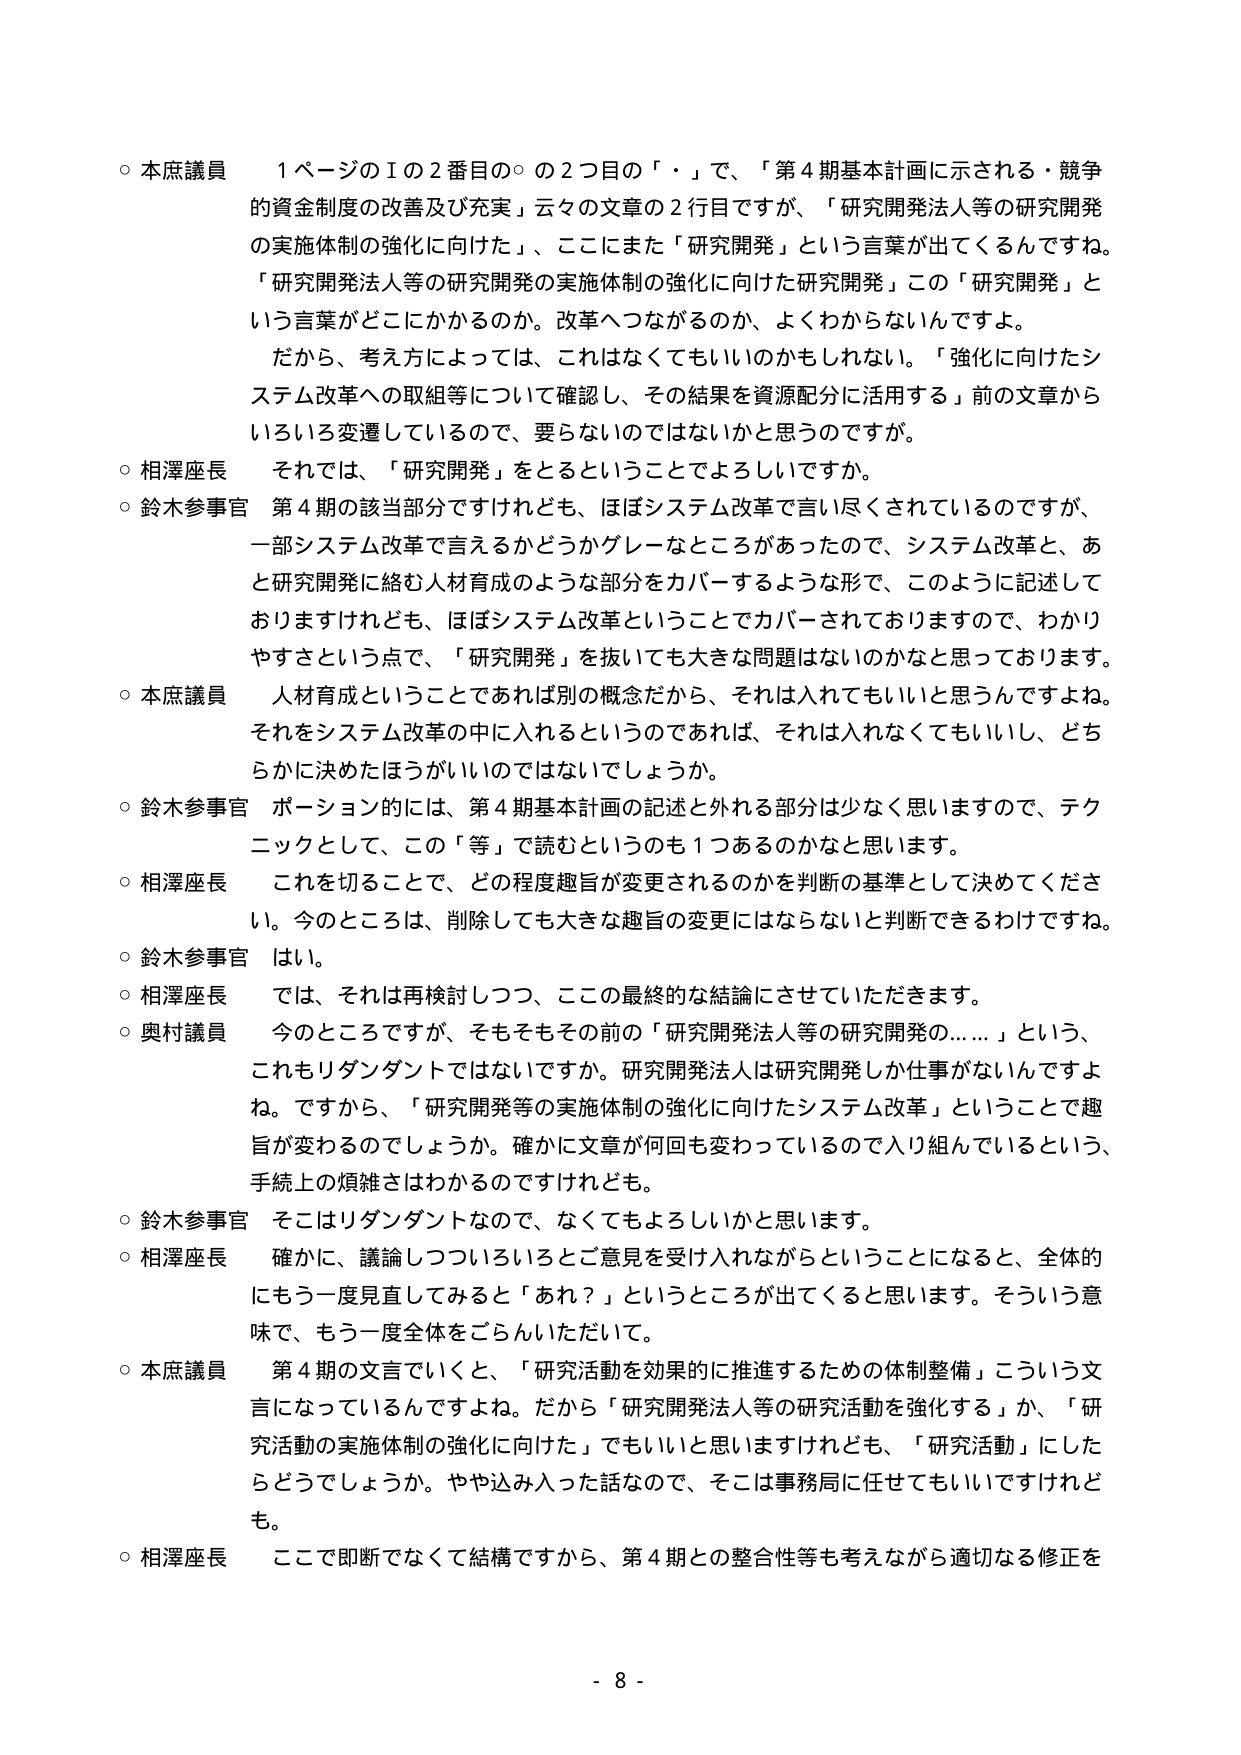
○ 本庶議員　１ページのⅠの２番目の○の２つ目の「・」で、「第４期基本計画に示される・競争的資金制度の改善及び充実」云々の文章の２行目ですが、「研究開発法人等の研究開発の実施体制の強化に向けた」、ここにまた「研究開発」という言葉が出てくるんですね。「研究開発法人等の研究開発の実施体制の強化に向けた研究開発」この「研究開発」という言葉がどこにかかるのか。改革へつながるのか、よくわからないんですよ。だから、考え方によっては、これはなくてもいいのかもしれない。「強化に向けたシステム改革への取組等について確認し、その結果を資源配分に活用する」前の文章からいろいろ変遷しているので、要らないのではないかと思うのですが。

○ 相澤座長　それでは、「研究開発」をとるということでよろしいですか。

○ 鈴木参事官　第４期の該当部分ですけれども、ほぼシステム改革で言い尽くされているのですが、一部システム改革で言えるかどうかグレーなところがあったので、システム改革と、あと研究開発に絡む人材育成のような部分をカバーするような形で、このように記述しておりますけれども、ほぼシステム改革ということでカバーされておりますので、わかりやすさという点で、「研究開発」を抜いても大きな問題はないのかなと思っております。

○ 本庶議員　人材育成ということであれば別の概念だから、それは入れてもいいと思うんですよね。それをシステム改革の中に入れるというのであれば、それは入れなくてもいいし、どちらかに決めたほうがいいのではないでしょうか。

○ 鈴木参事官　ポーション的には、第４期基本計画の記述と外れる部分は少なく思いますので、テクニックとして、この「等」で読むというのも１つあるのかなと思います。

○ 相澤座長　これを切ることで、どの程度趣旨が変更されるのかを判断の基準として決めてください。今のところは、削除しても大きな趣旨の変更にはならないと判断できるわけですな。

○ 鈴木参事官　はい。

○ 相澤座長　では、それは再検討しつつ、ここの最終的な結論にさせていただきます。

○ 奥村議員　今のところですが、そもそもその前の「研究開発法人等の研究開発の……」という、これもリダンダントではないですか。研究開発法人は研究開発しか仕事がないんですよね。ですから、「研究開発等の実施体制の強化に向けたシステム改革」ということで趣旨が変わるのでしょうか。確かに文章が何回も変わっているので入り組んでいるという、手続上の煩雑さはわかるのですけれども。

○ 鈴木参事官　そこはリダンダントなので、なくてもよろしいかと思います。

○ 相澤座長　確かに、議論しつついろいろとご意見を受け入れながらということになると、全体的にもう一度見直してみると「あれ？」というところが出てくると思います。そういう意味で、もう一度全体をごらんいただいて。

○ 本庶議員　第４期の文言でいくと、「研究活動を効果的に推進するための体制整備」こういう文言になっているんですよね。だから「研究開発法人等の研究活動を強化する」か、「研究活動の実施体制の強化に向けた」でもいいと思いますけれども、「研究活動」にしたらどうでしょうか。やや込み入った話なので、そこは事務局に任せてもいいですけれども。

○ 相澤座長　ここで即断でなくて結構ですから、第４期との整合性等も考えながら適切なる修正を

- 8 -